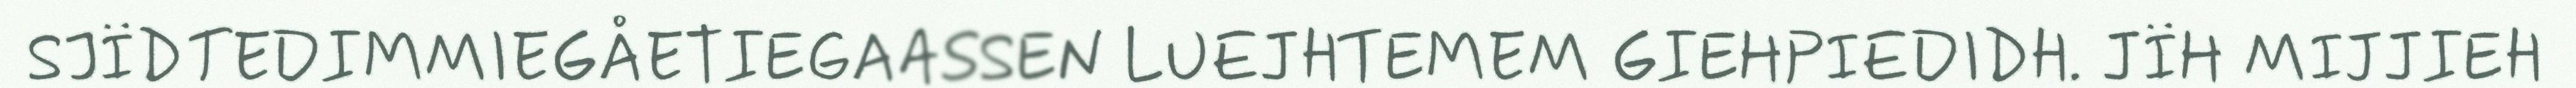
SJÏDTEDIMMIEGÅETIEGAASSEN LUEJHTEMEM GIEHPIEDIDH. JÏH MIJJIEH